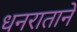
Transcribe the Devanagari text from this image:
धनराताने